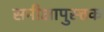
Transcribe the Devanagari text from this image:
समीक्षापुस्त्तक